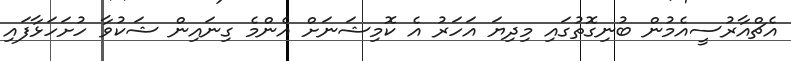
އެޗްއާރުސީއެމުން ބުނިގޮތުގައި މިދިޔަ އަހަރު އެ ކޮމިޝަނަށް އެންމެ ގިނައިން ޝަކުވާ ހުށަހަޅާފައި